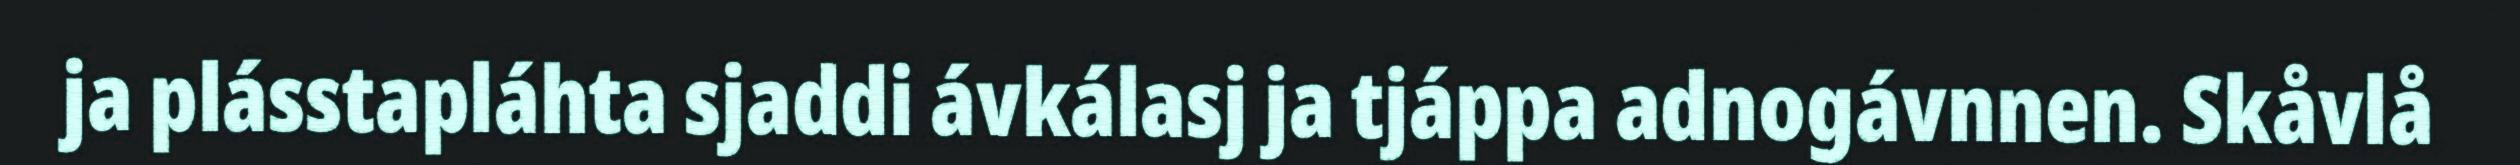
ja plásstapláhta sjaddi ávkálasj ja tjáppa adnogávnnen. Skåvlå